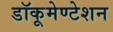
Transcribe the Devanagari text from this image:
डॉकूमेण्टेशन